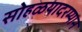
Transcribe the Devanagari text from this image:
सोहळयादरम्यान